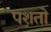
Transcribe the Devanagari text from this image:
पशतो